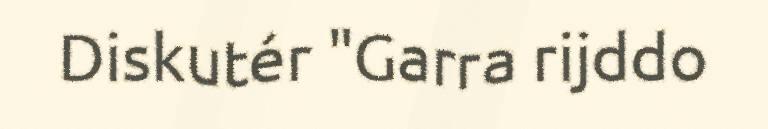
Diskutér "Garra rijddo